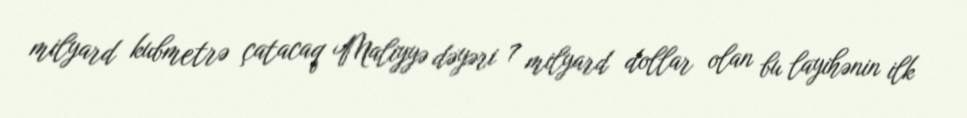
milyard kubmetrə çatacaq Maliyyə dəyəri 7 milyard dollar olan bu layihənin ilk